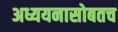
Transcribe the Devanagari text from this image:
अध्ययनासोबतच